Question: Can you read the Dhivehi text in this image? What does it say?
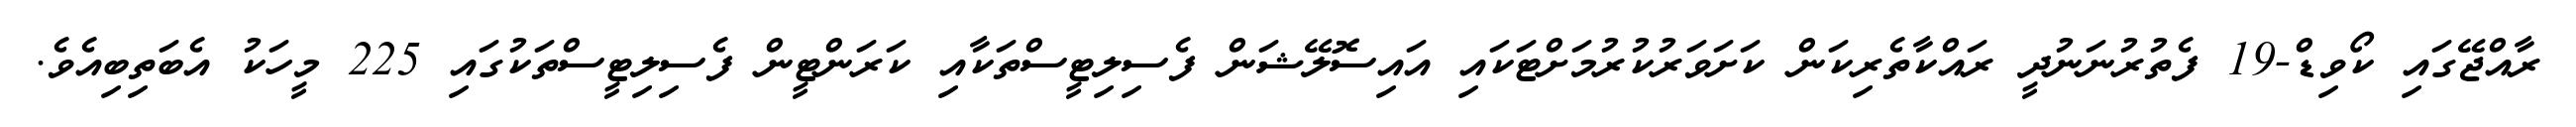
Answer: ރާއްޖޭގައި ކޯވިޑް-19 ފެތުރުނަނުދީ ރައްކާތެރިކަން ކަށަވަރުކުރުމަށްޓަކައި އައިސޮލޭޝަން ފެސިލިޓީސްތަކާއި ކަރަންޓީން ފެސިލިޓީސްތަކުގައި 225 މީހަކު އެބަތިބިއެވެ.